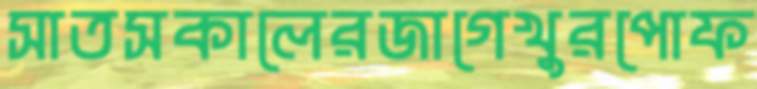
সাতসকালেরজাগেখুরপোফ